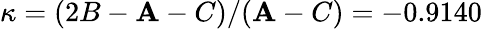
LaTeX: \kappa=(2B-\mathbf{A}-C)/(\mathbf{A}-C)=-0.9140